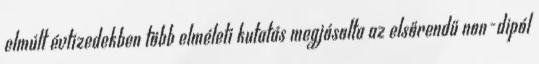
elmúlt évtizedekben több elméleti kutatás megjósolta az elsőrendű non-dipól